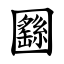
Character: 㘥